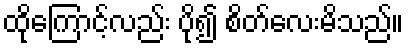
ထိုကြောင့်လည်း ပို၍ စိတ်လေးမိသည်။